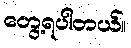
တွေ့ရပါတယ်။